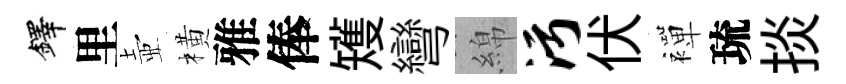
鐸里壺橫雅俸矱彎綿污伏襌琉掞